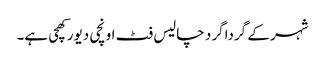
شہر کے گرداگر د چالیس فٹ اونچی دیور کھچی ہے۔